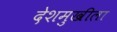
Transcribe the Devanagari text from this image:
देशमुखीला